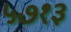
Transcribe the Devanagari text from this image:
५७१३